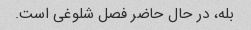
بله، در حال حاضر فصل شلوغی است.